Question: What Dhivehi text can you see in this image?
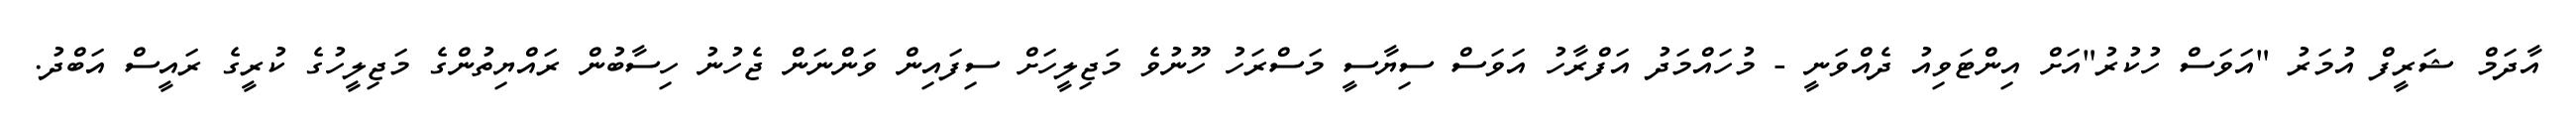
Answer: އާދަމް ޝަރީފް އުމަރު "އަވަސް ހުކުރު"އަށް އިންޓަވިއު ދެއްވަނީ - މުހައްމަދު އަފްރާހު އަވަސް ސިޔާސީ މަސްރަހު ހޫނުވެ މަޖިލީހަށް ސިފައިން ވަންނަން ޖެހުނު ހިސާބުން ރައްޔިތުންގެ މަޖިލީހުގެ ކުރީގެ ރައީސް އަބްދު.